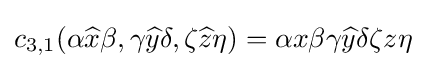
c_{3,1}(\alpha {\widehat {x}}\beta ,\gamma {\widehat {y}}\delta ,\zeta {\widehat {z}}\eta )=\alpha x\beta \gamma {\widehat {y}}\delta \zeta z\eta